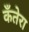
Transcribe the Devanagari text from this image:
कँतेरा